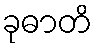
ခုဓာတိ